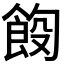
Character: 𫗑